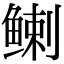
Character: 𬶟